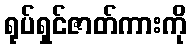
ရုပ်ရှင်ဇာတ်ကားကို